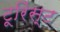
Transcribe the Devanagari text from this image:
टूरिंस्ट